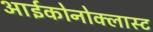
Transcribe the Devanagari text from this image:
आईकोनोक्लास्ट